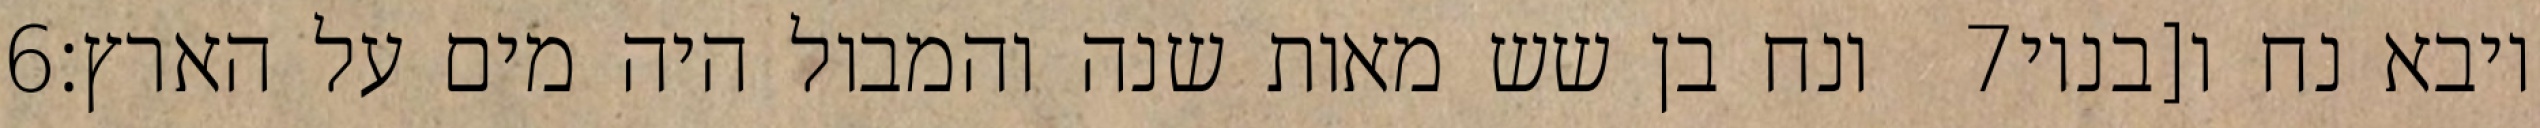
‎6‏ ונח בן שש מאות שנה והמבול היה מים על הארץ׃ ‎7‏ ויבא נח ו[בניו